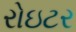
રોઇટર